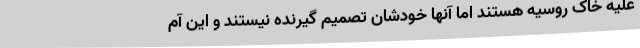
علیه خاک روسیه هستند اما آنها خودشان تصمیم گیرنده نیستند و این آم